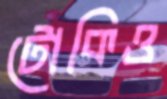
টোকিও